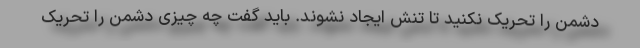
دشمن را تحریک نکنید تا تنش ایجاد نشوند. باید گفت چه چیزی دشمن را تحریک